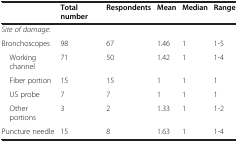
<table><thead><tr><td><b> </b></td><td><b>Total number</b></td><td><b>Respondents</b></td><td><b>Mean</b></td><td><b>Median</b></td><td><b>Range</b></td></tr></thead><tbody><tr><td><i>Site of damage:</i></td><td> </td><td> </td><td> </td><td> </td><td> </td></tr><tr><td>Bronchoscopes</td><td>98</td><td>67</td><td>1.46</td><td>1</td><td>1-5</td></tr><tr><td> Working channel</td><td>71</td><td>50</td><td>1.42</td><td>1</td><td>1-4</td></tr><tr><td> Fiber portion</td><td>15</td><td>15</td><td>1</td><td>1</td><td>1</td></tr><tr><td> US probe</td><td>7</td><td>7</td><td>1</td><td>1</td><td>1</td></tr><tr><td> Other portions</td><td>3</td><td>2</td><td>1.33</td><td>1</td><td>1-2</td></tr><tr><td>Puncture needle</td><td>15</td><td>8</td><td>1.63</td><td>1</td><td>1-4</td></tr></tbody></table>